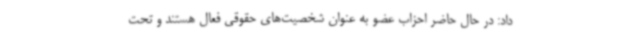
داد: در حال حاضر احزاب عضو به عنوان شخصیت‌های حقوقی فعال هستند و تحت